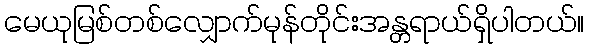
မေယုမြစ်တစ်လျှောက်မုန်တိုင်းအန္တရာယ်ရှိပါတယ်။